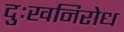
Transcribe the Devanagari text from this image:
दुःखनिरोध